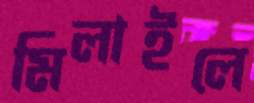
মিলাইলে